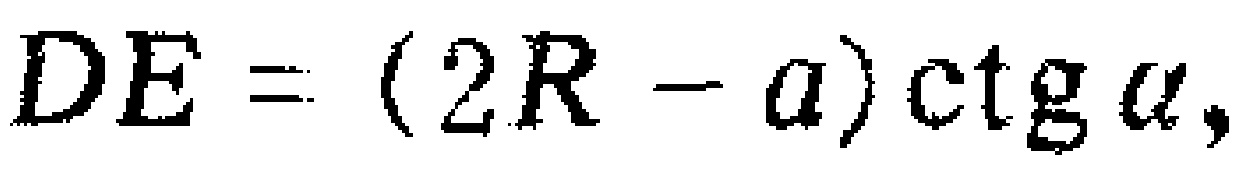
$DE=(2R - a)\ctg\alpha,$